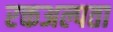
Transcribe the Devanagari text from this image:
रक्तअल्पता